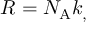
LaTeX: R = N _ { \mathrm { { A } } } k _ { , }